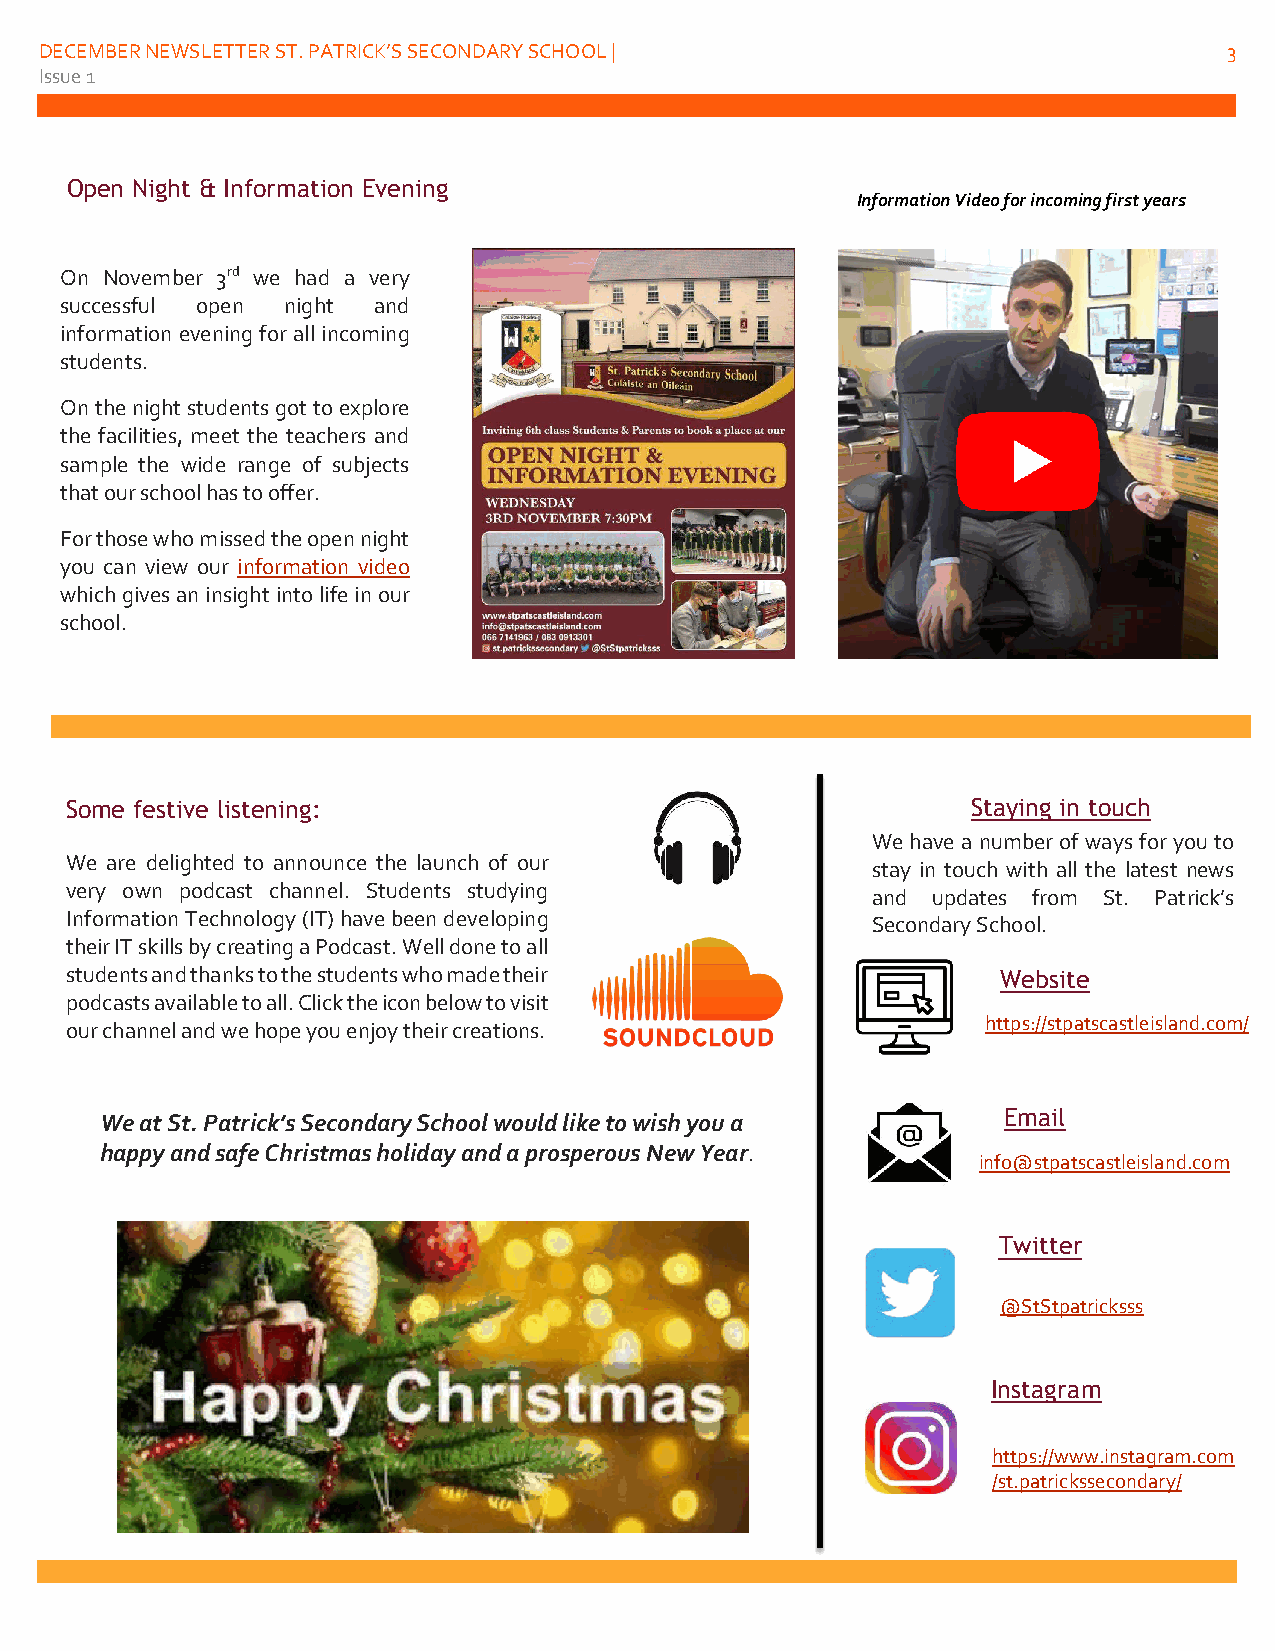
DECEMBER NEWSLETTER ST. PATRICK’S SECONDARY SCHOOL |                          3
 Issue 1
 Open Night & Information Evening
 Information Video for incoming first years
 On November 3rd we had a very
 successful open night and
 information evening for all incoming
 students.
 On the night students got to explore
 the facilities, meet the teachers and
 sample the wide range of subjects
 that our school has to offer.
 For those who missed the open night
 you can view our information video
 which gives an insight into life in our
 school.
 Some festive listening:                                     Staying in touch
 We have a number of ways for you to
 We are delighted to announce the launch of our        stay in touch with all the latest news
 very own podcast channel. Students studying           and updates from St. Patrick’s
 Information Technology (IT) have been developing      Secondary School.
 their IT skills by creating a Podcast. Well done to all
 students and thanks to the students who made their            Website
 podcasts available to all. Click the icon below to visit
 https://stpatscastleisland.com/
 our channel and we hope you enjoy their creations.
 We at St. Patrick’s Secondary School would like to wish you a
 Email
 happy and safe Christmas holiday and a prosperous New Year.
 info@stpatscastleisland.com
 Twitter
 @StStpatricksss
 Instagram
 https://www.instagram.com
 /st.patrickssecondary/